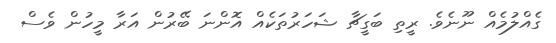
ގެއްލުމެއް ނޫނެވެ. ރީތި ބަގީޗާ ޝަހަރުތަކެއް އޮންނަ ބޭރުން އަރާ މީހުން ވެސް